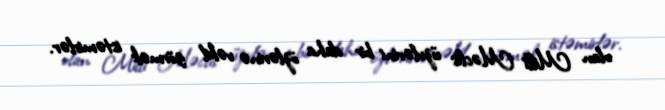
olan Milli Məclis üzvlərini bir daha özlərinə vəkil görmək istəmirlər.